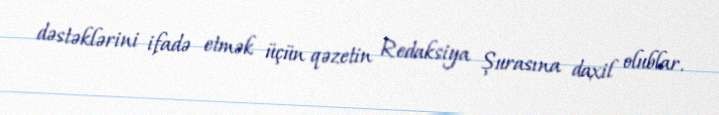
dəstəklərini ifadə etmək üçün qəzetin Redaksiya Şurasına daxil olublar.